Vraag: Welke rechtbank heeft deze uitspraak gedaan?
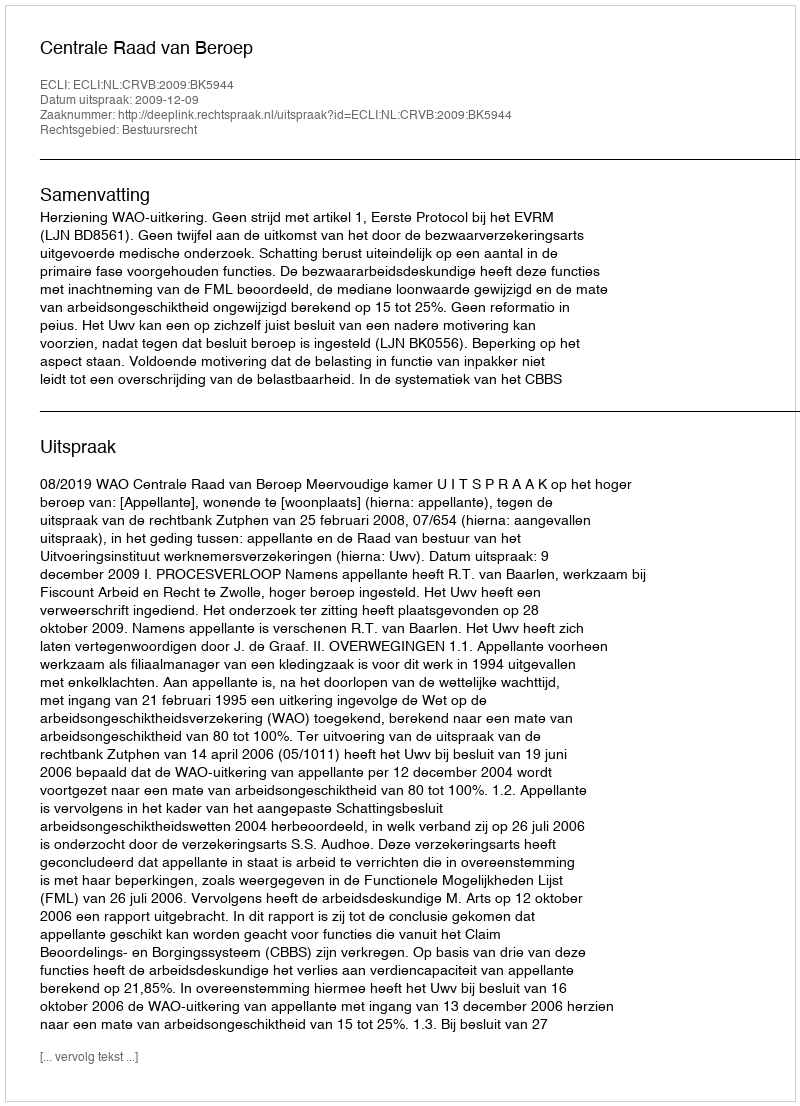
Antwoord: Centrale Raad van Beroep